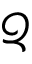
\mathcal { Q }